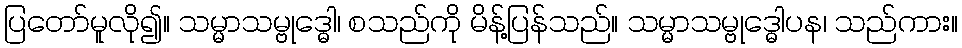
ပြတော်မူလို၍။ သမ္မာသမ္ဗုဒ္ဓေါ၊ စသည်ကို မိန့်ပြန်သည်။ သမ္မာသမ္ဗုဒ္ဓေါပန၊ သည်ကား။